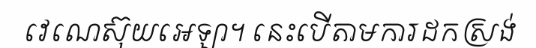
វេណេស៊ុយអេឡា។ នេះបើតាមការដកស្រង់